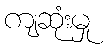
ကျဆုံးမှု